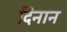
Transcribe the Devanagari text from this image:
दिनान